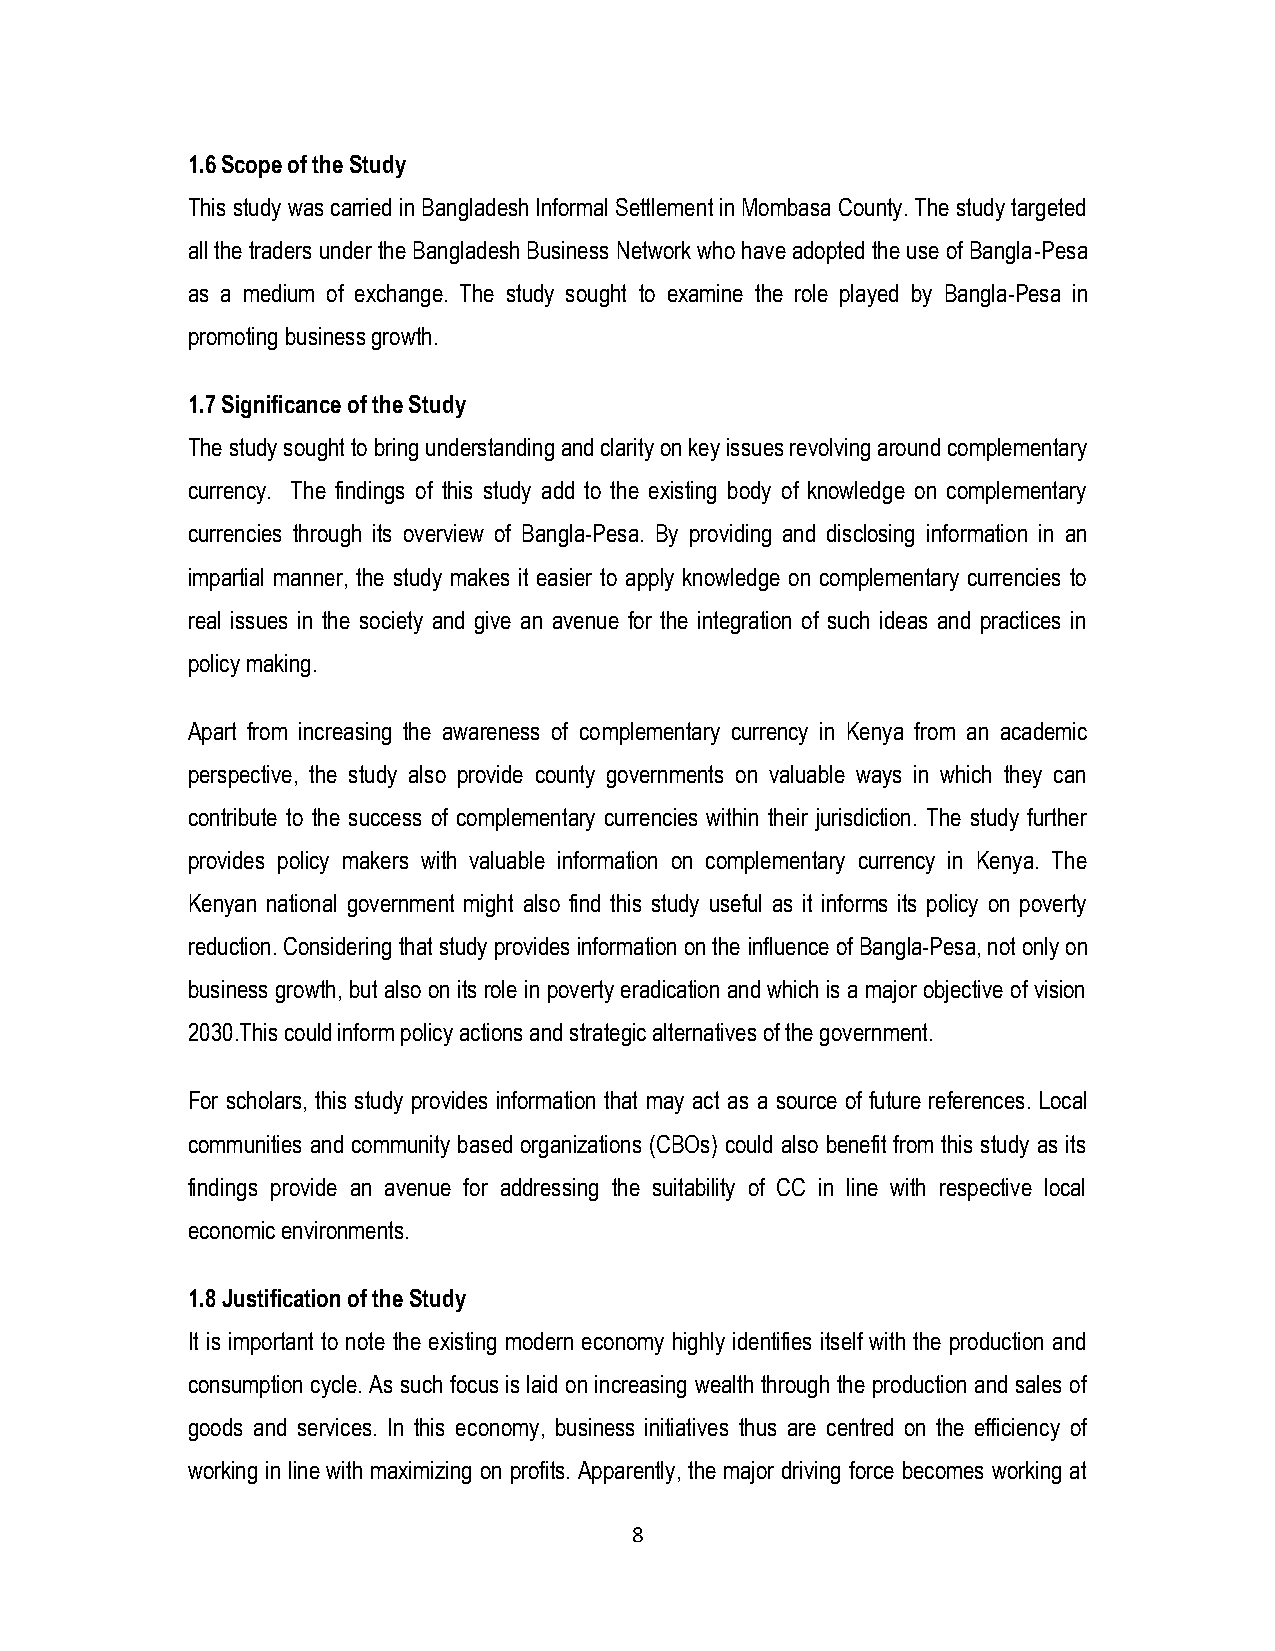
1.6 Scope of the Study
 This study was carried in Bangladesh Informal Settlement in Mombasa County. The study targeted
 all the traders under the Bangladesh Business Network who have adopted the use of Bangla-Pesa
 as a medium of exchange. The study sought to examine the role played by Bangla-Pesa in
 promoting business growth.
 1.7 Significance of the Study
 The study sought to bring understanding and clarity on key issues revolving around complementary
 currency. The findings of this study add to the existing body of knowledge on complementary
 currencies through its overview of Bangla-Pesa. By providing and disclosing information in an
 impartial manner, the study makes it easier to apply knowledge on complementary currencies to
 real issues in the society and give an avenue for the integration of such ideas and practices in
 policy making.
 Apart from increasing the awareness of complementary currency in Kenya from an academic
 perspective, the study also provide county governments on valuable ways in which they can
 contribute to the success of complementary currencies within their jurisdiction. The study further
 provides policy makers with valuable information on complementary currency in Kenya. The
 Kenyan national government might also find this study useful as it informs its policy on poverty
 reduction. Considering that study provides information on the influence of Bangla-Pesa, not only on
 business growth, but also on its role in poverty eradication and which is a major objective of vision
 2030.This could inform policy actions and strategic alternatives of the government.
 For scholars, this study provides information that may act as a source of future references. Local
 communities and community based organizations (CBOs) could also benefit from this study as its
 findings provide an avenue for addressing the suitability of CC in line with respective local
 economic environments.
 1.8 Justification of the Study
 It is important to note the existing modern economy highly identifies itself with the production and
 consumption cycle. As such focus is laid on increasing wealth through the production and sales of
 goods and services. In this economy, business initiatives thus are centred on the efficiency of
 working in line with maximizing on profits. Apparently, the major driving force becomes working at
 8